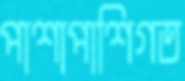
পাশাপাশিগত